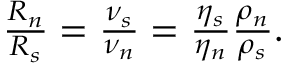
\begin{array} { r } { \frac { { \cal R } _ { n } } { { \cal R } _ { s } } = \frac { \nu _ { s } } { \nu _ { n } } = \frac { \eta _ { s } } { \eta _ { n } } \frac { \rho _ { n } } { \rho _ { s } } . } \end{array}